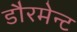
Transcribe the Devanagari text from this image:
डौरमेन्ट